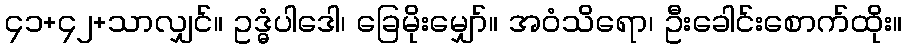
၄၁+၄၂+သာလျှင်။ ဥဒ္ဓံပါဒေါ၊ ခြေမိုးမျှော်။ အဝံသိရော၊ ဦးခေါင်းစောက်ထိုး။